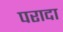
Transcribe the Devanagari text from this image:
परादा